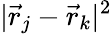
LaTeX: |\vec{r}_{j}-\vec{r}_{k}|^{2}